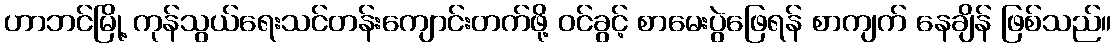
ဟာဘင်မြို့ ကုန်သွယ်ရေးသင်တန်းကျောင်းတက်ဖို့ ဝင်ခွင့် စာမေးပွဲဖြေရန် စာကျက် နေချိန် ဖြစ်သည်။